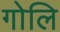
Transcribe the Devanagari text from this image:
गोलि